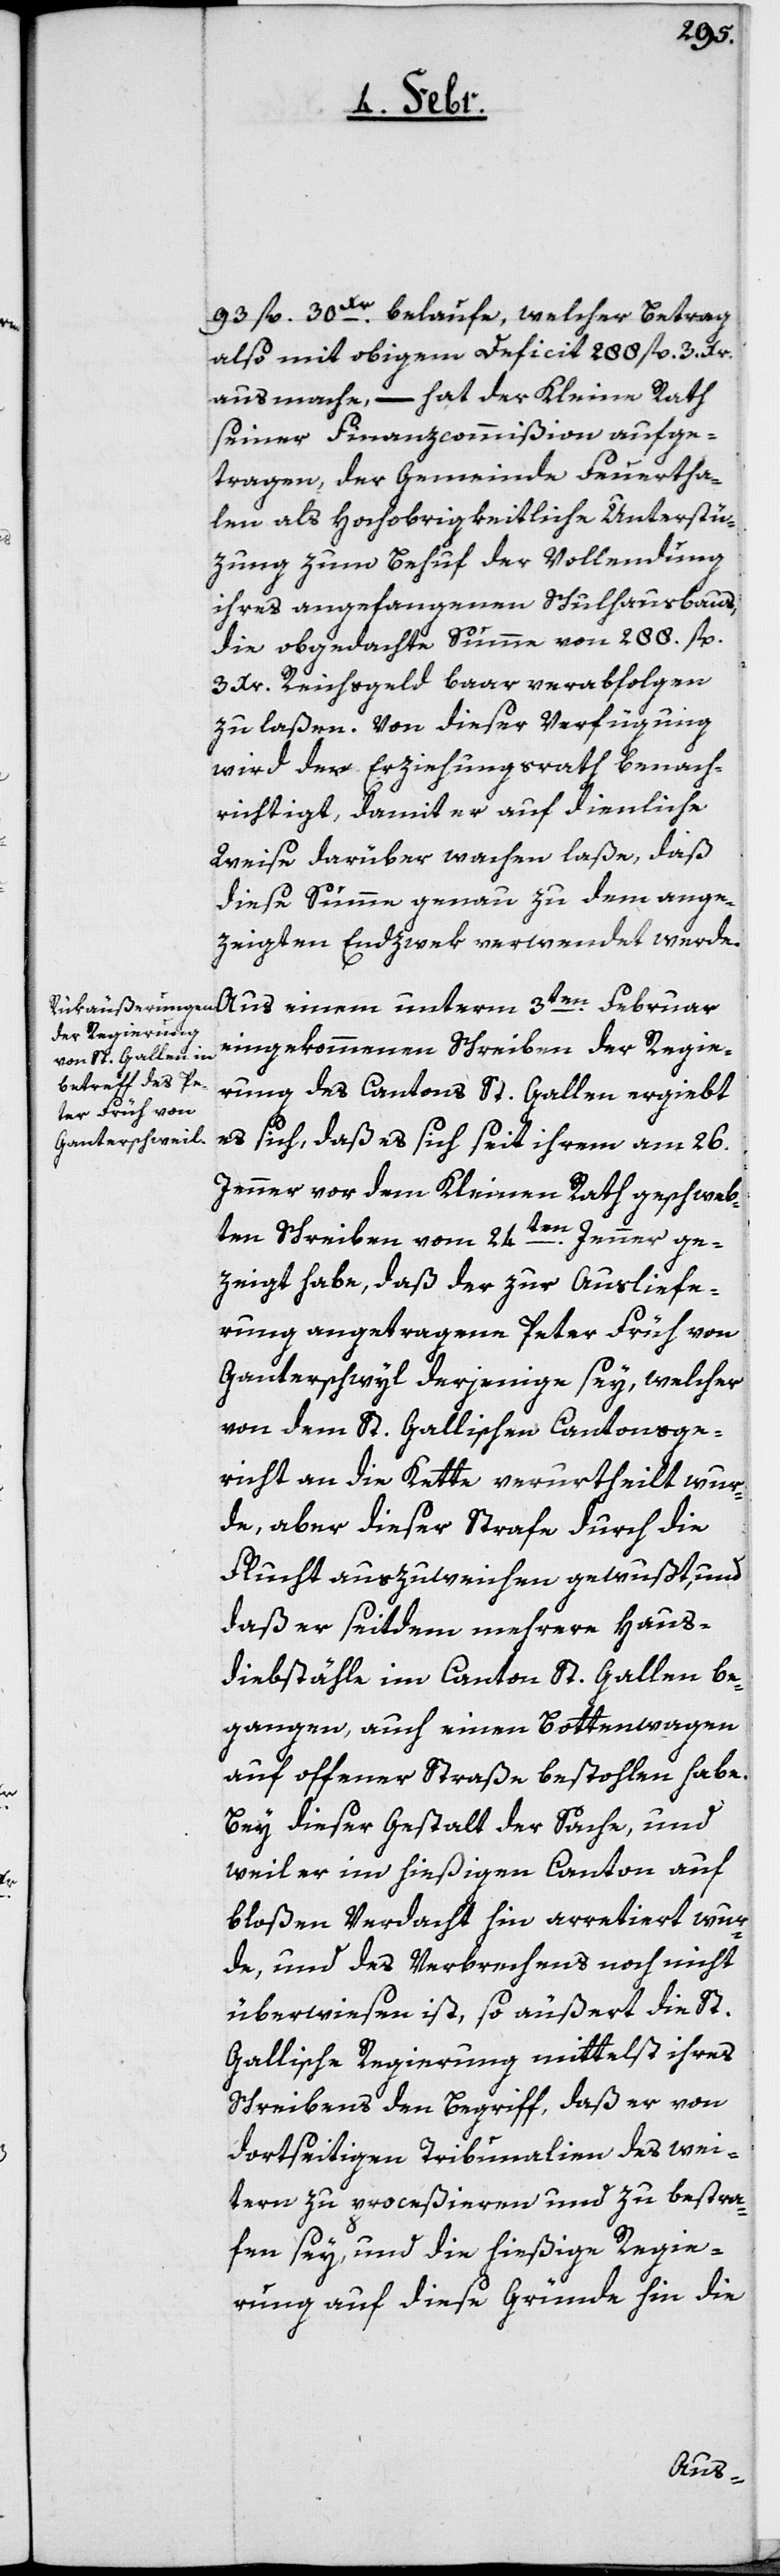
93 fl. 30 Xr. belaufe, welcher Betrag
also mit obigem Deficit 288 fl. 3. Xr.
ausmache, – hat der Kleine Rath
seiner Finanzcommißion aufge¬
tragen, der Gemeinde Feuertha¬
len als Hochobrigkeitliche Unterstü¬
zung zum Behuf der Vollendung
ihres angefangenen Schulhausbaus,
die obgedachte Summe von 288. fl.
3 Xr. Reichsgeld baar verabfolgen
zu laßen. Von dieser Verfügung
wird der Erziehungsrath benach¬
richtigt, damit der auf dienliche
Weise darüber wachen laße, daß
diese Summe genau zu dem ange¬
zeigten Endzwek verwendet werde.
eingekommenen Schreiben der Regie¬
rung des Cantons St. Gallen ergiebt
es sich, daß es sich seit ihrem am 26.
Jenner vor dem Kleinen Rath geschweb¬
ten Schreiben vom 24ten. Jenner ge¬
zeigt habe, daß der zur Ausliefe¬
rung angetragene Peter Früh von
Ganterschwyl derjenige sey, welcher
von dem St. Gallischen Cantonsge¬
richt an die Kette verurtheilt wur¬
de, aber dieser Strafe durch die
Flucht auszuweichen gewußt, und
daß er seitdem mehrere Haus¬
diebstähle im Canton St. Gallen be¬
gangen, auch einen Bottenwagen
auf offener Straße bestohlen habe.
Bey dieser Gestalt der Sache, und
weil er im hießigen Canton auf
bloßen Verdacht hin arretiert wur¬
de, und des Verbrechens noch nicht
überwiesen ist, so äußert die St.
Gallische Regierung mittelst ihres
Schreibens den Begriff, daß er von
dortseitigen Tribunalien des wei¬
tern zu proceßieren und zu bestra¬
fen sey, und die hießige Regie¬
rung auf diese Gründe hin die
Aus